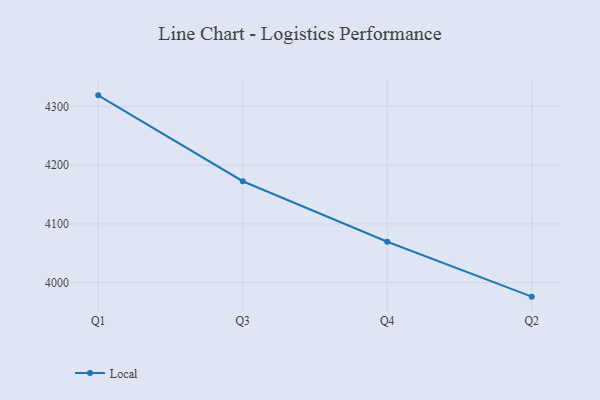
{"axis": {"x": "Quarter", "y": "Page Views"}, "legend": ["Local"], "data": [{"x": "Q1", "y": 4318.8, "type": "Local"}, {"x": "Q3", "y": 4172.6, "type": "Local"}, {"x": "Q4", "y": 4069.5, "type": "Local"}, {"x": "Q2", "y": 3976.1, "type": "Local"}]}